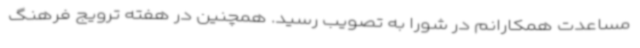
مساعدت همکارانم در شورا به تصویب رسید. همچنین در هفته ترویج فرهنگ